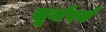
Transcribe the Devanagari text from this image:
सूर्यपर्व